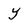
Character: y